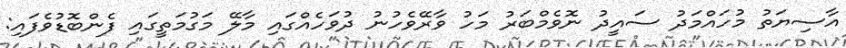
އާސިޔަތު މުހައްމަދު ސައީދު ނޮވެމްބަރު މަހު ވާރޭވެހުނު ދުވަހެއްގައި މާލޭ މަގުމަތީގައި ފެންބޮޑުވެފައި: